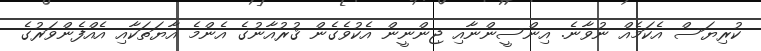
ކުރިޔަސް އެކަމެއް ނުވާނެ. އިންސީންނާއި ޖިންނީން އެކުވެގެން ޤުރުއާނުގެ އެންމެ އާޔަތަކާއި އެއްފެންވަރުގެ